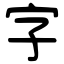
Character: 字